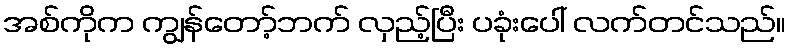
အစ်ကိုက ကျွန်တော့်ဘက် လှည့်ပြီး ပခုံးပေါ် လက်တင်သည်။